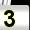
Digit: 3